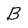
Character: B